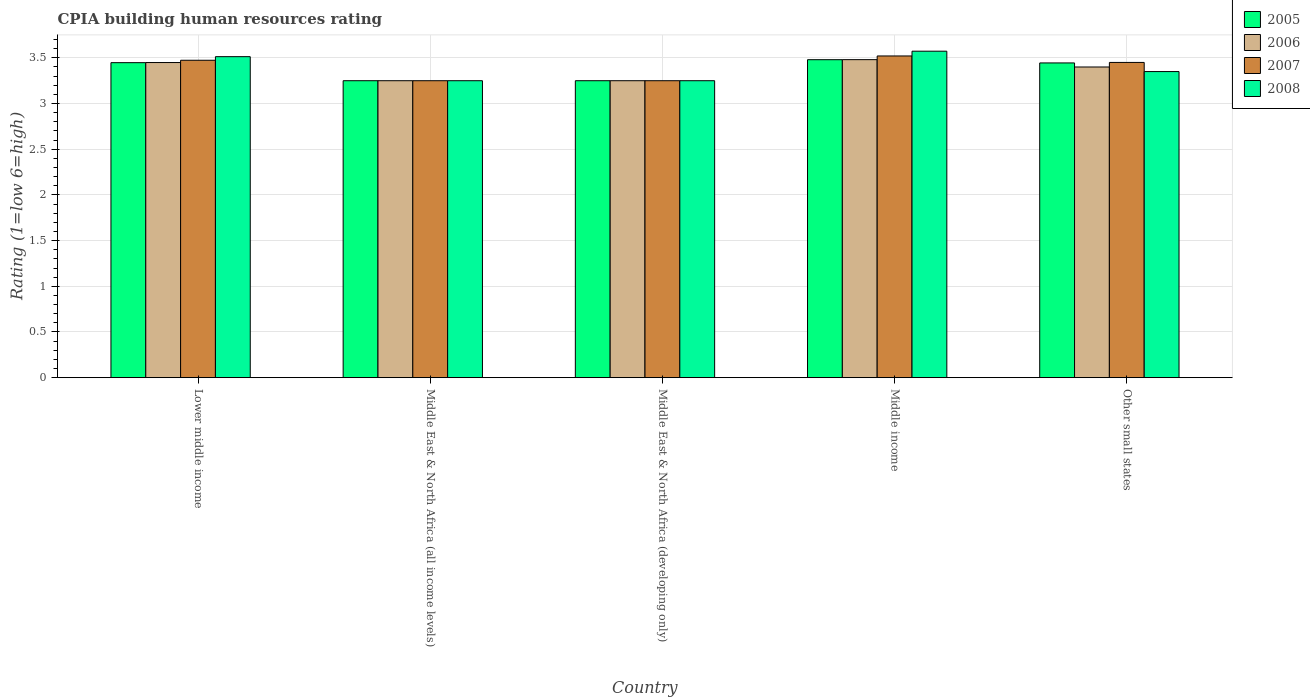
| Country | 2005 | 2006 | 2007 | 2008 |
 | --- | --- | --- | --- | --- |
 | Lower middle income | 3.45 | 3.45 | 3.47 | 3.51 |
 | Middle East & North Africa (all income levels) | 3.25 | 3.25 | 3.25 | 3.25 |
 | Middle East & North Africa (developing only) | 3.25 | 3.25 | 3.25 | 3.25 |
 | Middle income | 3.48 | 3.48 | 3.52 | 3.57 |
 | Other small states | 3.44 | 3.4 | 3.45 | 3.35 |